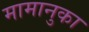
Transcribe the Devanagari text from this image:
मामानुका